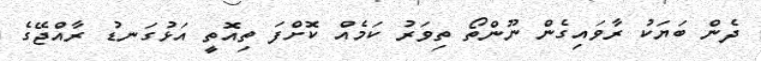
ދެން ބަޔަކު ރާވައިގެން ނޫންތޯ ތިވަރު ކަމެއް ކޮށްފަ ތިއޮތީ އަޅުގަނޑު ރާއްޖޭގެ